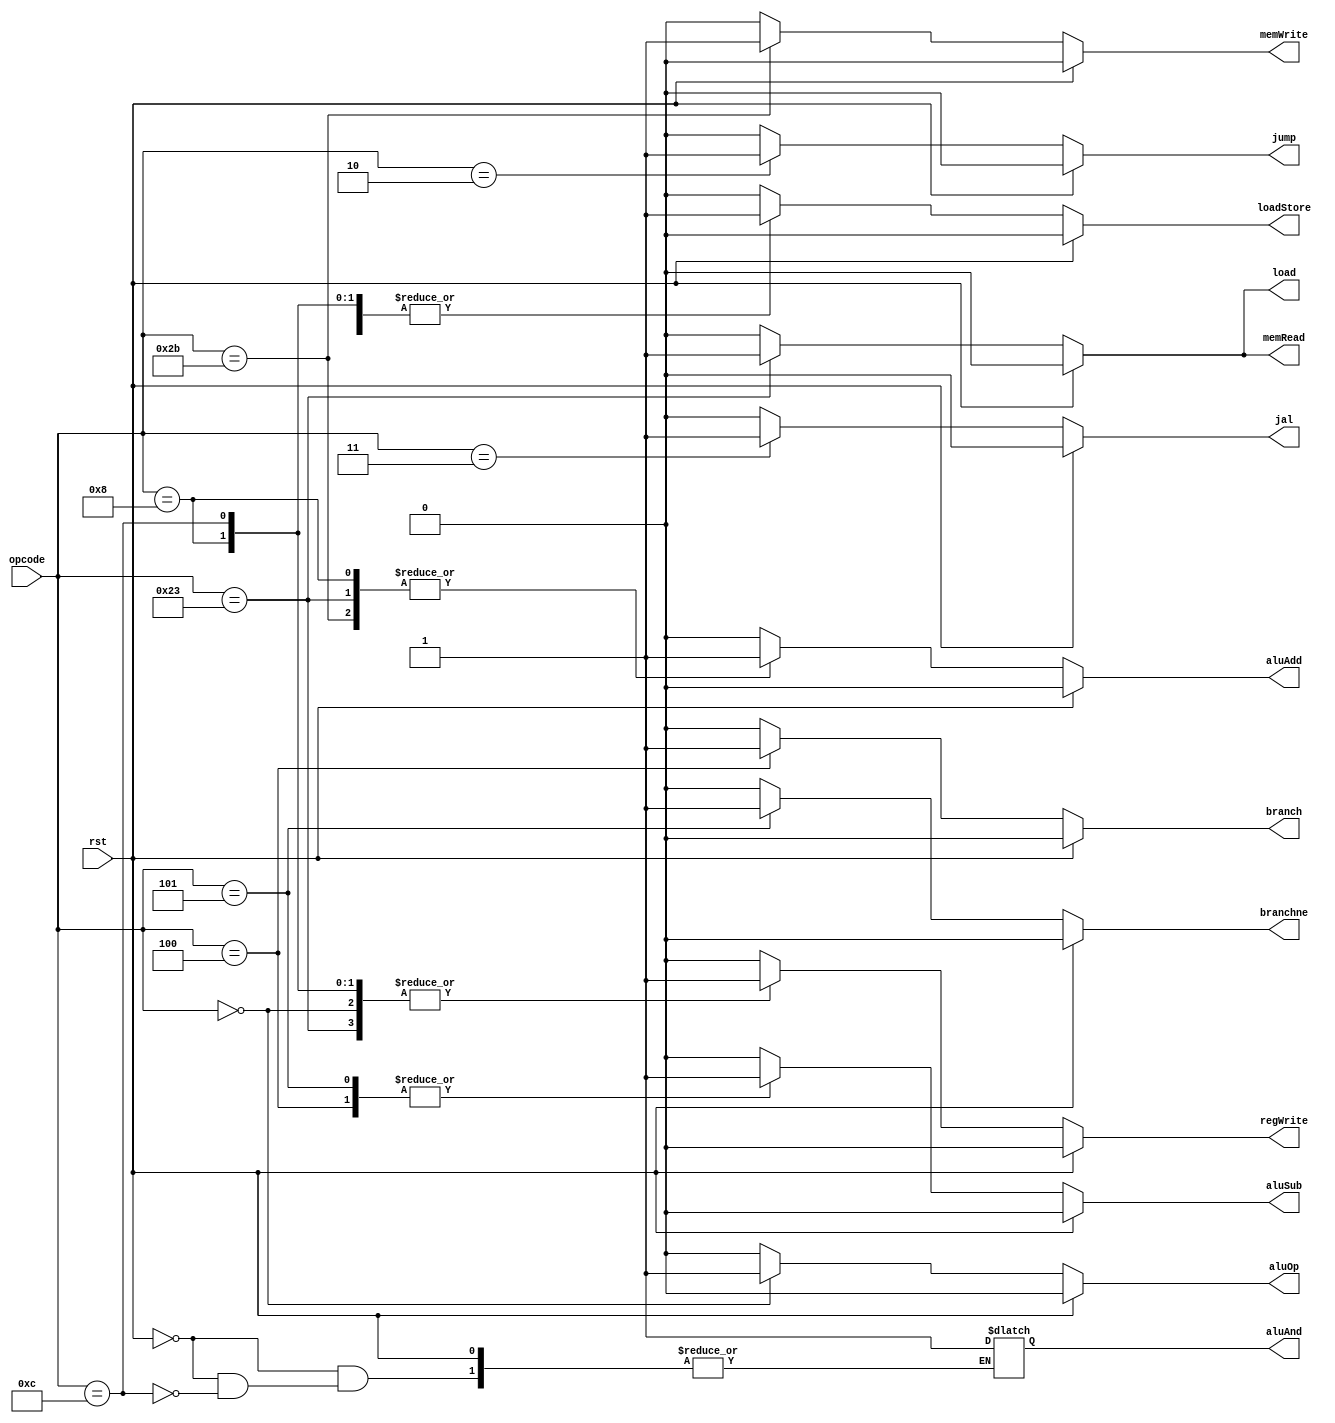
`timescale 1ps/1ps
module CU (
    rst,
    opcode,

    aluOp,
    aluSub,
    aluAdd,
    aluAnd,
    memRead,
    memWrite,
    regWrite,
    loadStore,
    load,
    jump,
    jal,
    branch,
    branchne
    );
    
    input rst;
    input [5:0]opcode;
    output reg aluOp,
    aluSub,
    aluAdd,
    aluAnd,
    memRead,
    memWrite,
    regWrite,
    loadStore,
    load,
    jump,
    jal,
    branch,
    branchne;
    
    parameter ALU = 6'b0;
    parameter ADDI = 6'b001000, ANDI = 6'b001100, LW = 6'b100011, SW = 6'b101011, BEQ = 6'b000100, BNE = 6'b000101;
    parameter JUMP = 6'b000010, JAL = 6'b000011;

    always @(*) begin
        if (rst) begin
            aluOp = 0;
            memRead = 0;
            memWrite = 0;
            regWrite = 0;
            loadStore = 0;
            jump = 0;
            jal = 0;
            load = 0;
            branch = 0;
            branchne = 0;
            aluSub = 0;
            aluAdd = 0;
        end
        else begin
            aluOp = 0;
            memRead = 0;
            memWrite = 0;
            regWrite = 0;
            loadStore = 0;
            jump = 0;
            jal = 0;
            load = 0;
            branch = 0;
            branchne = 0;
            aluSub = 0;
            aluAdd = 0;
            case(opcode)
              ALU: begin
                aluOp = 1;
                regWrite = 1;
              end
              ADDI: begin
                aluAdd = 1;
                loadStore = 1;
                regWrite = 1;
              end
              ANDI: begin
                aluAnd = 1;
                loadStore = 1;
                regWrite = 1;
              end
              LW: begin
                loadStore = 1;
                load = 1;
                memRead = 1;
                regWrite = 1;
                aluAdd = 1;
              end
              SW: begin
                loadStore = 1;
                memWrite = 1;
                aluAdd = 1;
              end
              BEQ: begin
                branch = 1;
                aluSub = 1;
              end
              BNE: begin
                branchne = 1;
                aluSub = 1;
              end
              JUMP: begin
                jump = 1;
              end
              JAL: begin
                jal = 1;
              end
            endcase
        end
    end
endmodule